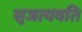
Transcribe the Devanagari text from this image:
सृजत्यवति